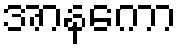
အာနကော